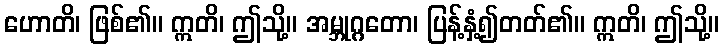
ဟောတိ၊ ဖြစ်၏။ ဣတိ၊ ဤသို့။ အမ္ဘုဂ္ဂတော၊ ပြန့်နှံ့၍တတ်၏။ ဣတိ၊ ဤသို့။